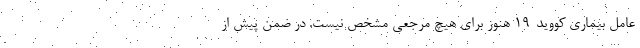
عامل بیماری کووید-۱۹ هنوز برای هیچ مرجعی مشخص نیست. در ضمن پیش از